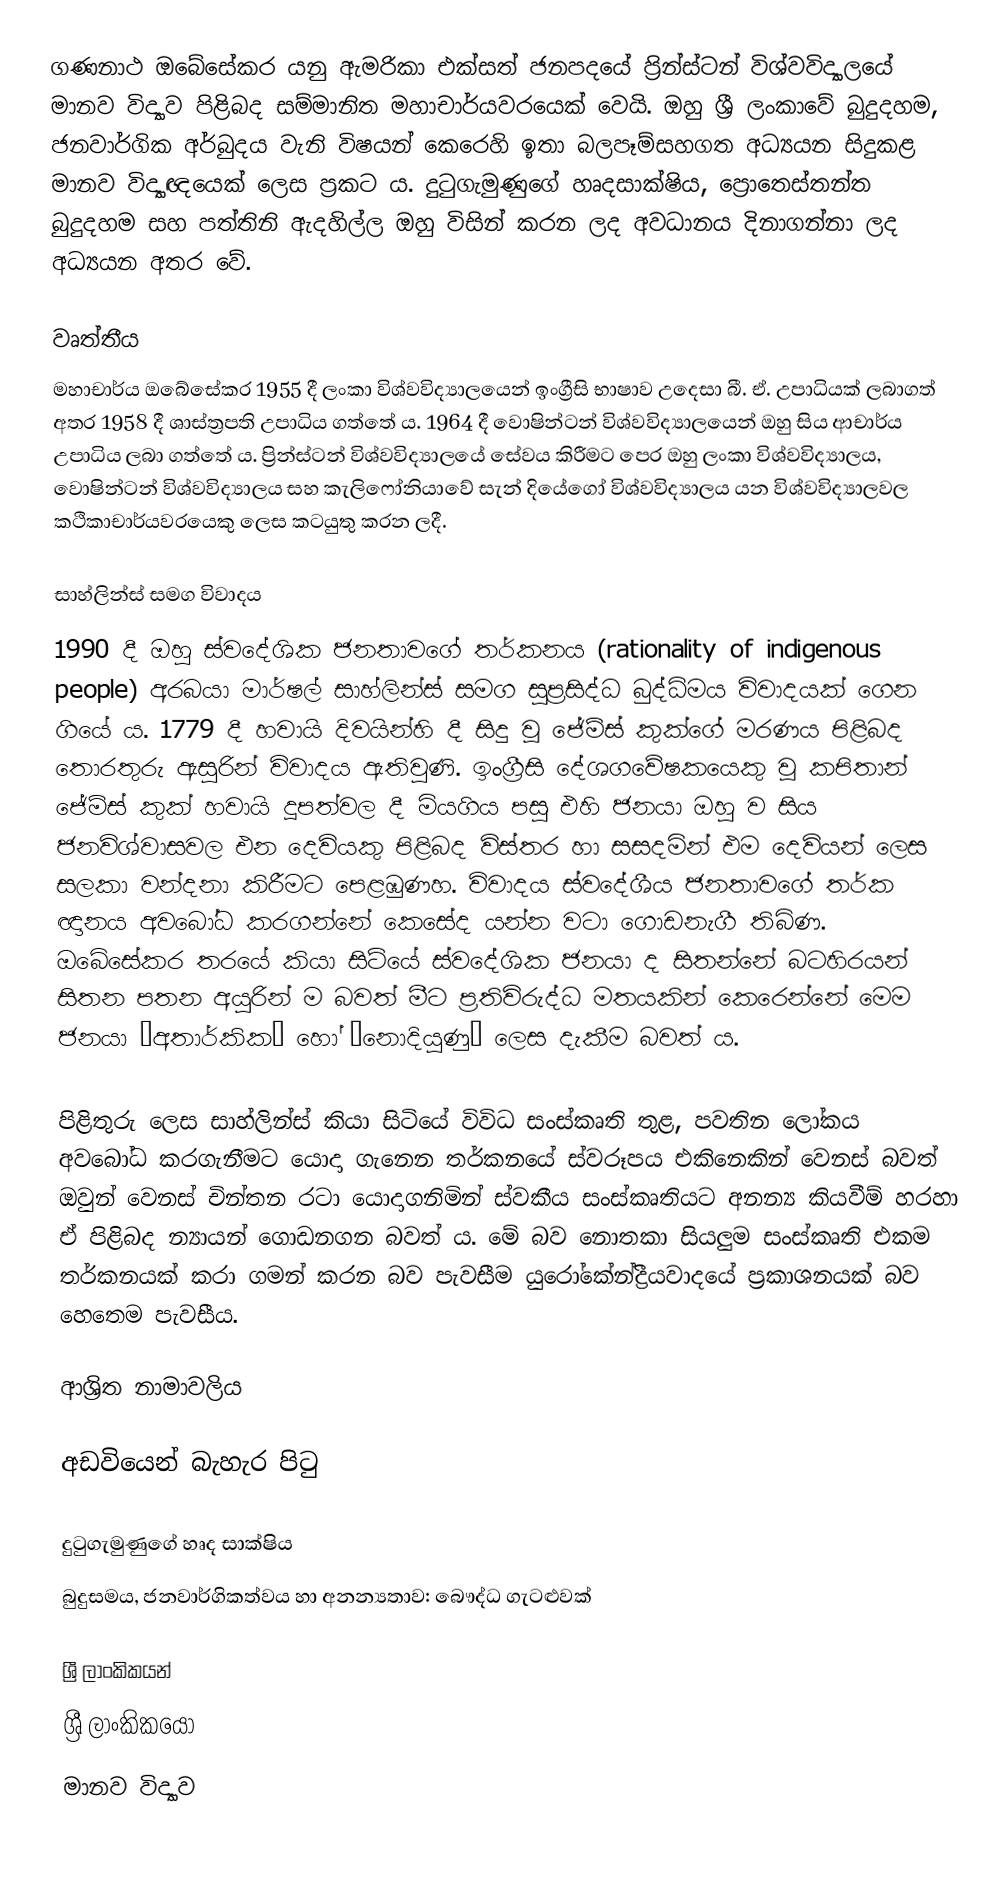
ගණනාථ ඔබේසේකර යනු ඇමරිකා එක්සත් ජනපදයේ ප්‍රින්ස්ටන් විශ්වවිද්‍යාලයේ මානව විද්‍යාව පිළිබද සම්මානිත මහාචාර්යවරයෙක් වෙයි. ඔහු ශ්‍රී ලංකාවේ බුදුදහම, ජනවාර්ගික අර්බුදය වැනි විෂයන් කෙරෙහි ඉතා බලපෑම්සහගත අධ්‍යයන සිදුකළ මානව විද්‍යාඥයෙක් ලෙස ප්‍රකට ය. දුටුගැමුණුගේ හෘදසාක්ෂිය, ප්‍රොතෙස්තන්ත බුදුදහම සහ පත්තිනි ඇදහිල්ල ඔහු විසින් කරන ලද අවධානය දිනාගන්නා ලද අධ්‍යයන අතර වේ.

වෘත්තීය
මහාචාර්ය ඔබේසේකර 1955 දී ලංකා විශ්වවිද්‍යාලයෙන් ඉංග්‍රීසි භාෂාව උදෙසා බී. ඒ. උපාධියක් ලබාගත් අතර 1958 දී ශාස්ත්‍රපති උපාධිය ගත්තේ ය. 1964 දී වොෂින්ටන් විශ්වවිද්‍යාලයෙන් ඔහු සිය ආචාර්ය උපාධිය ලබා ගත්තේ ය. ප්‍රින්ස්ටන් විශ්වවිද්‍යාලයේ සේවය කිරීමට පෙර ඔහු ලංකා විශ්වවිද්‍යාලය, වොෂින්ටන් විශ්වවිද්‍යාලය සහ කැලිෆෝනියාවේ සැන් දියේගෝ විශ්වවිද්‍යාලය යන විශ්වවිද්‍යාලවල කථිකාචාර්යවරයෙකු ලෙස කටයුතු කරන ලදී.

සාහ්ලින්ස් සමග විවාදය
1990 දී ඔහු ස්වදේශික ජනතාවගේ තර්කනය (rationality of indigenous people) අරබයා මාර්ෂල් සාහ්ලින්ස් සමග සුප්‍රසිද්ධ බුද්ධිමය විවාදයක් ගෙන ගියේ ය. 1779 දී හවායි දිවයින්හි දී සිදු වූ ජේම්ස් කුක්ගේ මරණය පිළිබද තොරතුරු ඇසුරින් විවාදය ඇතිවුණි. ඉංග්‍රීසි දේශගවේෂකයෙකු වූ කපිතාන් ජේම්ස් කුක් හවායි දූපත්වල දී මියගිය පසු එහි ජනයා ඔහු ව සිය ජනවිශ්වාසවල එන දෙවියකු පිළිබද විස්තර හා සසදමින් එම දෙවියන් ලෙස සලකා වන්දනා කිරීමට පෙළඹුණහ. විවාදය ස්වදේශීය ජනතාවගේ තර්ක ඥානය අවබෝධ කරගන්නේ කෙසේද යන්න වටා ගොඩනැගී තිබිණ. ඔබේසේකර තරයේ කියා සිටියේ ස්වදේශික ජනයා ද සිතන්නේ බටහිරයන් සිතන පතන අයුරින් ම බවත් මීට ප්‍රතිවිරුද්ධ මතයකින් කෙරෙන්නේ මෙම ජනයා “අතාර්කික” හෝ “නොදියුණු” ලෙස දැකීම බවත් ය.

පිළිතුරු ලෙස සාහ්ලින්ස් කියා සිටියේ විවිධ සංස්කෘති තුළ, පවතින ලෝකය අවබෝධ කරගැනීමට යොදා ගැනෙන තර්කනයේ ස්වරූපය එකිනෙකින් වෙනස් බවත් ඔවුන් වෙනස් චින්තන රටා යොදාගනිමින් ස්වකීය සංස්කෘතියට අනන්‍ය කියවීම් හරහා ඒ පිළිබද න්‍යායන් ගොඩනගන බවත් ය. මේ බව නොතකා සියලුම සංස්කෘති එකම තර්කනයක් කරා ගමන් කරන බව පැවසීම යුරෝකේන්ද්‍රීයවාදයේ ප්‍රකාශනයක් බව හෙතෙම පැවසීය.

ආශ්‍රිත නාමාවලිය

අඩවියෙන් බැහැර පිටු

 දුටුගැමුණුගේ හෘද සාක්ෂිය
 බුදුසමය, ජනවාර්ගිකත්වය හා අනන්‍යතාව: බෞද්ධ ගැටළුවක්

ශ්‍රී ලාංකිකයන්
ශ්‍රී ලාංකිකයෝ
මානව විද්‍යාව